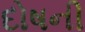
દોષની